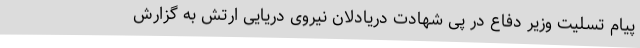
پیام تسلیت وزیر دفاع در پی شهادت دریادلان نیروی دریایی ارتش به گزارش